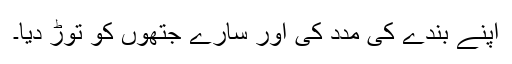
اپنے بندے کی مدد کی اور سارے جتھوں کو توڑ دیا۔